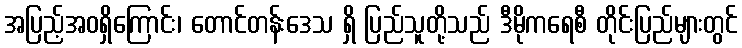
အပြည့်အဝရှိကြောင်း၊ တောင်တန်းဒေသ ရှိ ပြည်သူတို့သည် ဒီမိုကရေစီ တိုင်းပြည်များတွင်